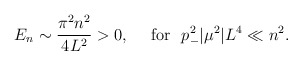
\begin{align*}E_n \sim \frac{\pi^2 n^2}{4 L^2} > 0, \ \ \ \ {\rm for} \ \ p_-^2|\mu^2| L^4 \ll n^2.\end{align*}